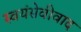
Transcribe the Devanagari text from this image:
स्वयंसेवीवाद